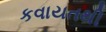
કવાયતથી